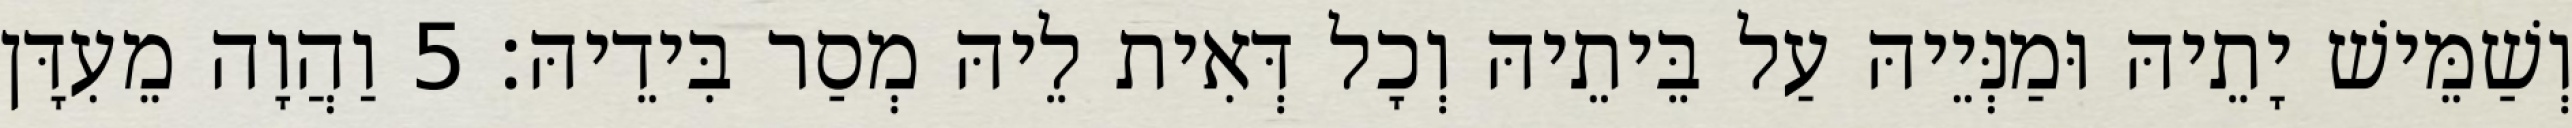
וְשַׁמֵּישׁ יָתֵיהּ וּמַנְּיֵיהּ עַל בֵּיתֵיהּ וְכָל דְּאִית לֵיהּ מְסַר בִּידֵיהּ׃ 5 וַהֲוָה מֵעִדָּן